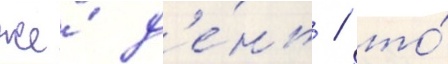
же́ д'е́нь / то́